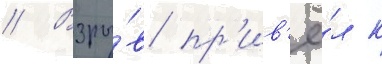
// Взры́в пр'ив'ё́л к